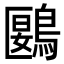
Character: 鶠